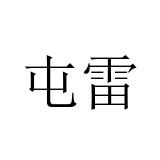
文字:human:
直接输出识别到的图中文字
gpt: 屯雷